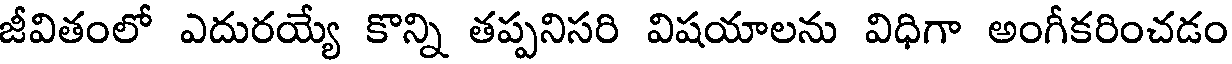
జీవితంలో ఎదురయ్యే కొన్ని తప్పనిసరి విషయాలను విధిగా అంగీకరించడం